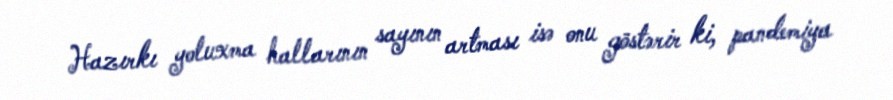
Hazırkı yoluxma hallarının sayının artması isə onu göstərir ki, pandemiya